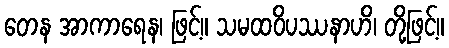
တေန အာကာရေန၊ ဖြင့်။ သမထဝိပဿနာဟိ၊ တို့ဖြင့်။